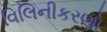
વિલિનીકરણો